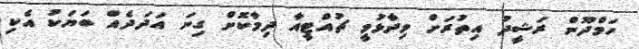
ހަމްދޫން ރަޝީދު އިތުރަށް ވިދާޅުވީ ޗުއްޓީއާ ދިމާކޮށް ގިނަ އަދަދެއް ބަޔަކު އެކި